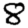
Digit: 8